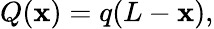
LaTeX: Q(\mathbf{x})=q(L-\mathbf{x}),